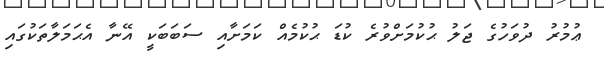
ޢުމުރު ދުވަހުގެ ޖަލު ޙުކުމަށްވުރެ ކުޑަ ޙުކުމެއް ކަމަށާއި ސަބަބަކީ އޭނާ އެޙަމަލާތަކުގައި